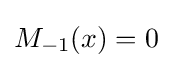
M_{-1}(x)=0